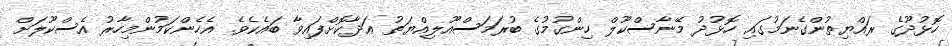
ހޮޅުދޫގެ ރައްޔިތުންގެނަމުގައި ހޮޅުދު މޭނާސްކޫލް ހިންގުމުގެ ބުރަމަސްއޫލިއްޔަތު އަދާކޮށްފައިވާ ބައެކެވެ. އެހެންކަމުންމިހާރު އެސްކޫލަށް